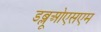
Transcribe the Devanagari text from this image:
डब्लूओएसएम